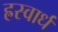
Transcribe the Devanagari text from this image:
ह्रस्वार्ध